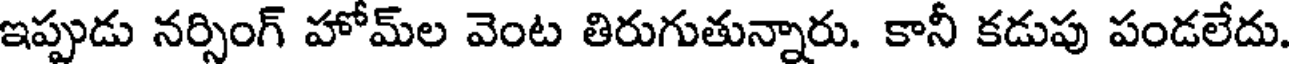
ఇప్పుడు నర్సింగ్ హోమ్ల వెంట తిరుగుతున్నారు. కానీ కడుపు పండలేదు.